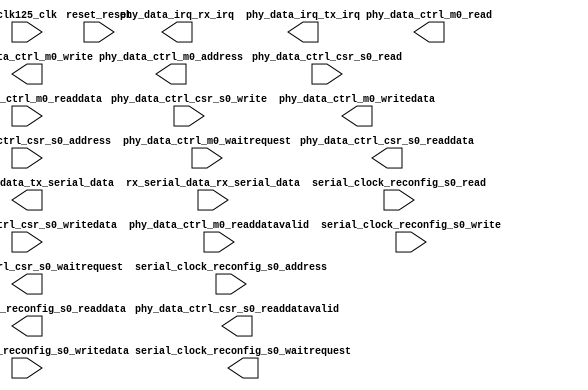
module interlaken_phy (
		input  wire        clk125_clk,                           //                   clk125.clk
		input  wire [7:0]  phy_data_ctrl_csr_s0_address,         //     phy_data_ctrl_csr_s0.address
		input  wire        phy_data_ctrl_csr_s0_read,            //                         .read
		output wire [31:0] phy_data_ctrl_csr_s0_readdata,        //                         .readdata
		output wire        phy_data_ctrl_csr_s0_readdatavalid,   //                         .readdatavalid
		input  wire        phy_data_ctrl_csr_s0_write,           //                         .write
		input  wire [31:0] phy_data_ctrl_csr_s0_writedata,       //                         .writedata
		output wire        phy_data_ctrl_csr_s0_waitrequest,     //                         .waitrequest
		output wire [31:0] phy_data_ctrl_m0_address,             //         phy_data_ctrl_m0.address
		output wire        phy_data_ctrl_m0_read,                //                         .read
		input  wire        phy_data_ctrl_m0_waitrequest,         //                         .waitrequest
		input  wire [31:0] phy_data_ctrl_m0_readdata,            //                         .readdata
		input  wire        phy_data_ctrl_m0_readdatavalid,       //                         .readdatavalid
		output wire        phy_data_ctrl_m0_write,               //                         .write
		output wire [31:0] phy_data_ctrl_m0_writedata,           //                         .writedata
		output wire        phy_data_irq_rx_irq,                  //          phy_data_irq_rx.irq
		output wire        phy_data_irq_tx_irq,                  //          phy_data_irq_tx.irq
		output wire [0:0]  tx_serial_data_tx_serial_data,        //           tx_serial_data.tx_serial_data
		input  wire [0:0]  rx_serial_data_rx_serial_data,        //           rx_serial_data.rx_serial_data
		input  wire        reset_reset,                          //                    reset.reset
		input  wire        serial_clock_reconfig_s0_write,       // serial_clock_reconfig_s0.write
		input  wire        serial_clock_reconfig_s0_read,        //                         .read
		input  wire [9:0]  serial_clock_reconfig_s0_address,     //                         .address
		input  wire [31:0] serial_clock_reconfig_s0_writedata,   //                         .writedata
		output wire [31:0] serial_clock_reconfig_s0_readdata,    //                         .readdata
		output wire        serial_clock_reconfig_s0_waitrequest  //                         .waitrequest
	);
endmodule